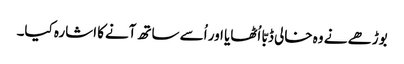
بوڑھے نے وہ خالی ڈبّا اُٹھایا اور اُسے ساتھ آنےکا اشارہ کیا۔